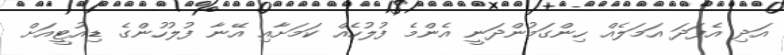
އަދި އެފަދަ އަމަލެއް ހިންގަމުންދަނީ އެންމެ ފުލުހެއް ކަމަށާއި އޭނާ ފުލުހުންގެ ޑިއުޓީއަށް